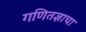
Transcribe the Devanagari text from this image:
गणितज्ञाचा